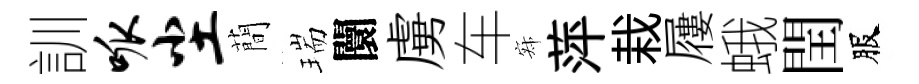
訓呱尘蕳瑞闤虜车寂萍栽屨蛾閏服